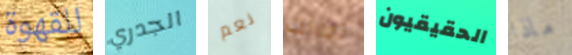
للقهوة الجدري نعم تيارات الحقيقيون ماذا